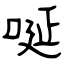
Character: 唌